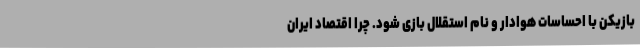
بازیکن با احساسات هوادار و نام استقلال بازی شود. چرا اقتصاد ایران